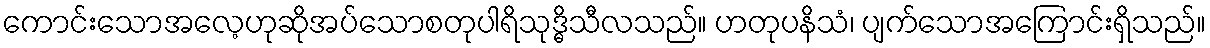
ကောင်းသောအလေ့ဟုဆိုအပ်သောစတုပါရိသုဒ္ဓိသီလသည်။ ဟတုပနိသံ၊ ပျက်သောအကြောင်းရှိသည်။